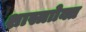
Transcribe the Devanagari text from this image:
शास्त्राोक्त